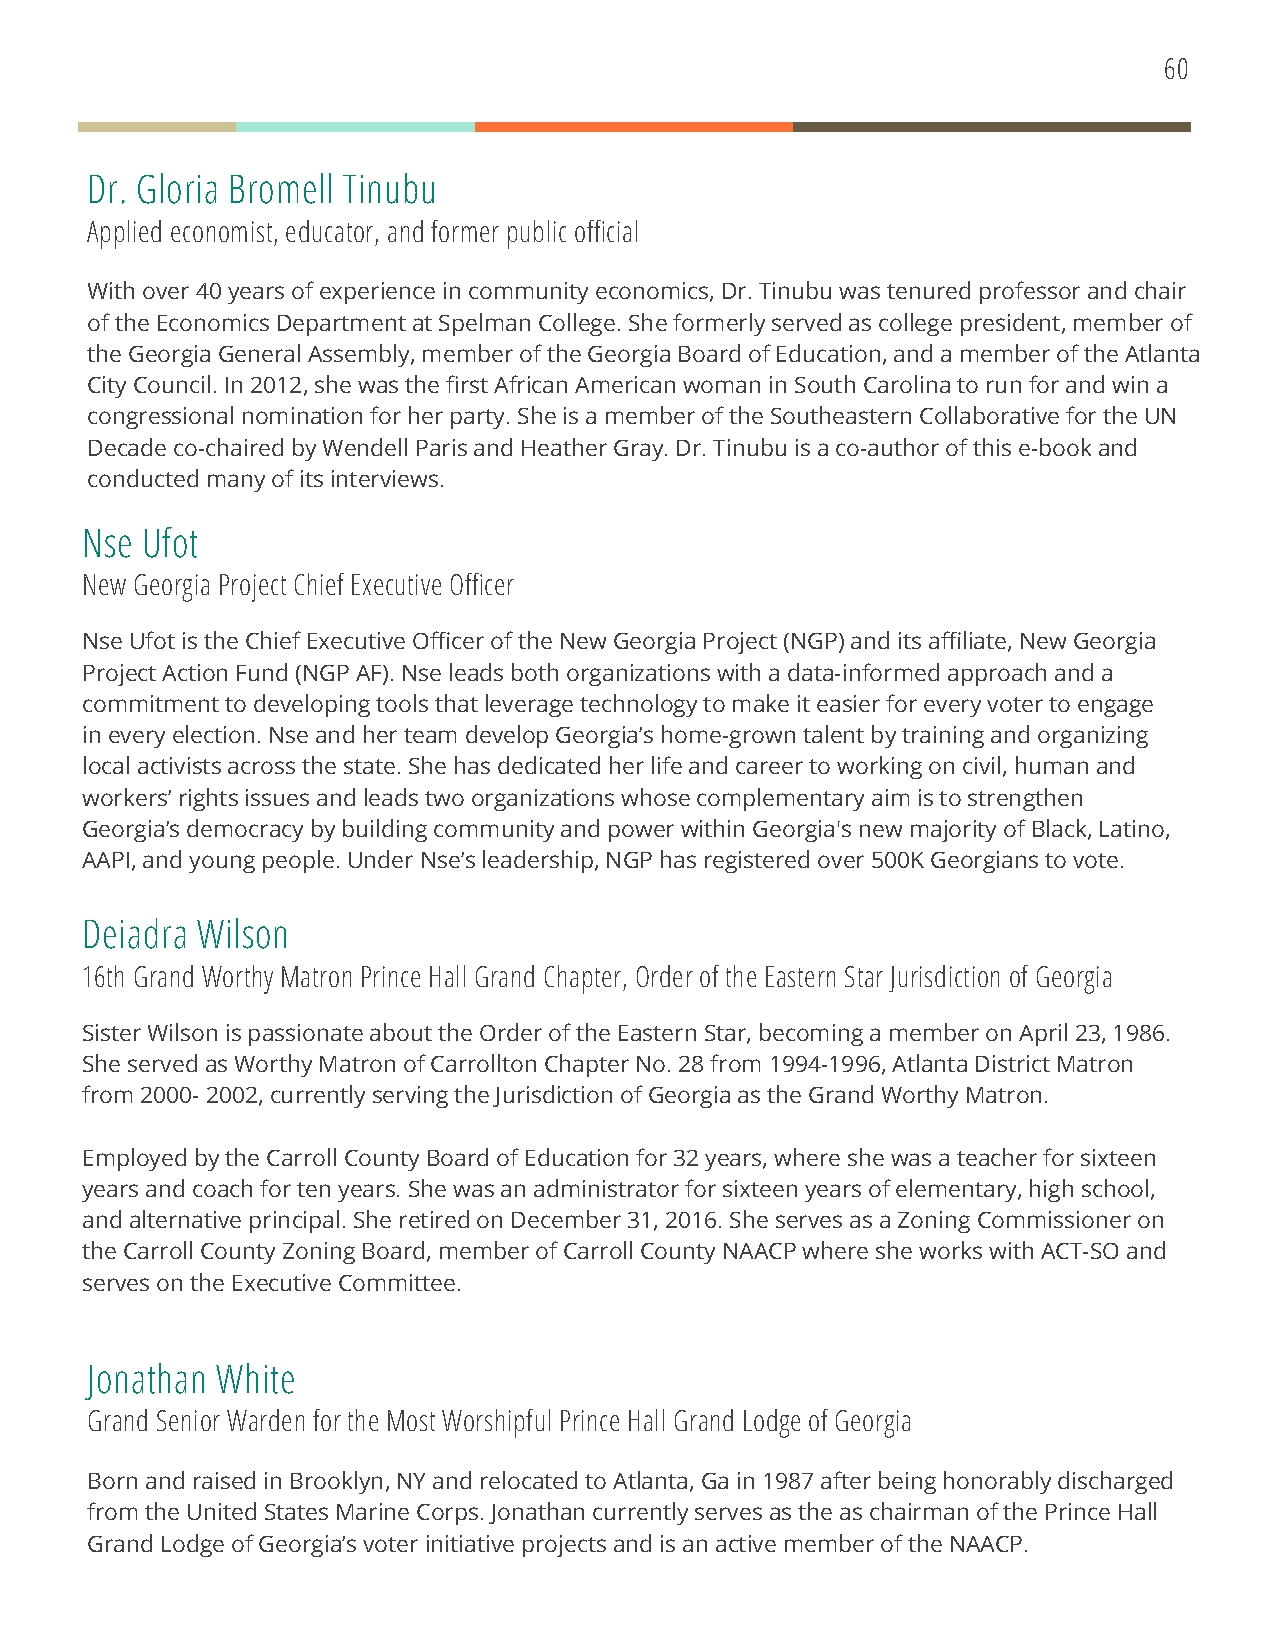
60
 Dr. Gloria Bromell Tinubu
 Applied economist, educator, and former public official
 With over 40 years of experience in community economics, Dr. Tinubu was tenured professor and chair
 of the Economics Department at Spelman College. She formerly served as college president, member of
 the Georgia General Assembly, member of the Georgia Board of Education, and a member of the Atlanta
 City Council. In 2012, she was the first African American woman in South Carolina to run for and win a
 congressional nomination for her party. She is a member of the Southeastern Collaborative for the UN
 Decade co-chaired by Wendell Paris and Heather Gray. Dr. Tinubu is a co-author of this e-book and
 conducted many of its interviews.
 Nse Ufot
 New Georgia Project Chief Executive Officer
 Nse Ufot is the Chief Executive Officer of the New Georgia Project (NGP) and its affiliate, New Georgia
 Project Action Fund (NGP AF). Nse leads both organizations with a data-informed approach and a
 commitment to developing tools that leverage technology to make it easier for every voter to engage
 in every election. Nse and her team develop Georgia’s home-grown talent by training and organizing
 local activists across the state. She has dedicated her life and career to working on civil, human and
 workers’ rights issues and leads two organizations whose complementary aim is to strengthen
 Georgia’s democracy by building community and power within Georgia's new majority of Black, Latino,
 AAPI, and young people. Under Nse’s leadership, NGP has registered over 500K Georgians to vote.
 Deiadra Wilson
 16th Grand Worthy Matron Prince Hall Grand Chapter, Order of the Eastern Star Jurisdiction of Georgia
 Sister Wilson is passionate about the Order of the Eastern Star, becoming a member on April 23, 1986.
 She served as Worthy Matron of Carrollton Chapter No. 28 from 1994-1996, Atlanta District Matron
 from 2000- 2002, currently serving the Jurisdiction of Georgia as the Grand Worthy Matron.
 Employed by the Carroll County Board of Education for 32 years, where she was a teacher for sixteen
 years and coach for ten years. She was an administrator for sixteen years of elementary, high school,
 and alternative principal. She retired on December 31, 2016. She serves as a Zoning Commissioner on
 the Carroll County Zoning Board, member of Carroll County NAACP where she works with ACT-SO and
 serves on the Executive Committee.
 Jonathan White
 Grand Senior Warden for the Most Worshipful Prince Hall Grand Lodge of Georgia
 Born and raised in Brooklyn, NY and relocated to Atlanta, Ga in 1987 after being honorably discharged
 from the United States Marine Corps. Jonathan currently serves as the as chairman of the Prince Hall
 Grand Lodge of Georgia’s voter initiative projects and is an active member of the NAACP.